NAE_EAOK_eestikeelsed_sunnimeetrikad, lk 145
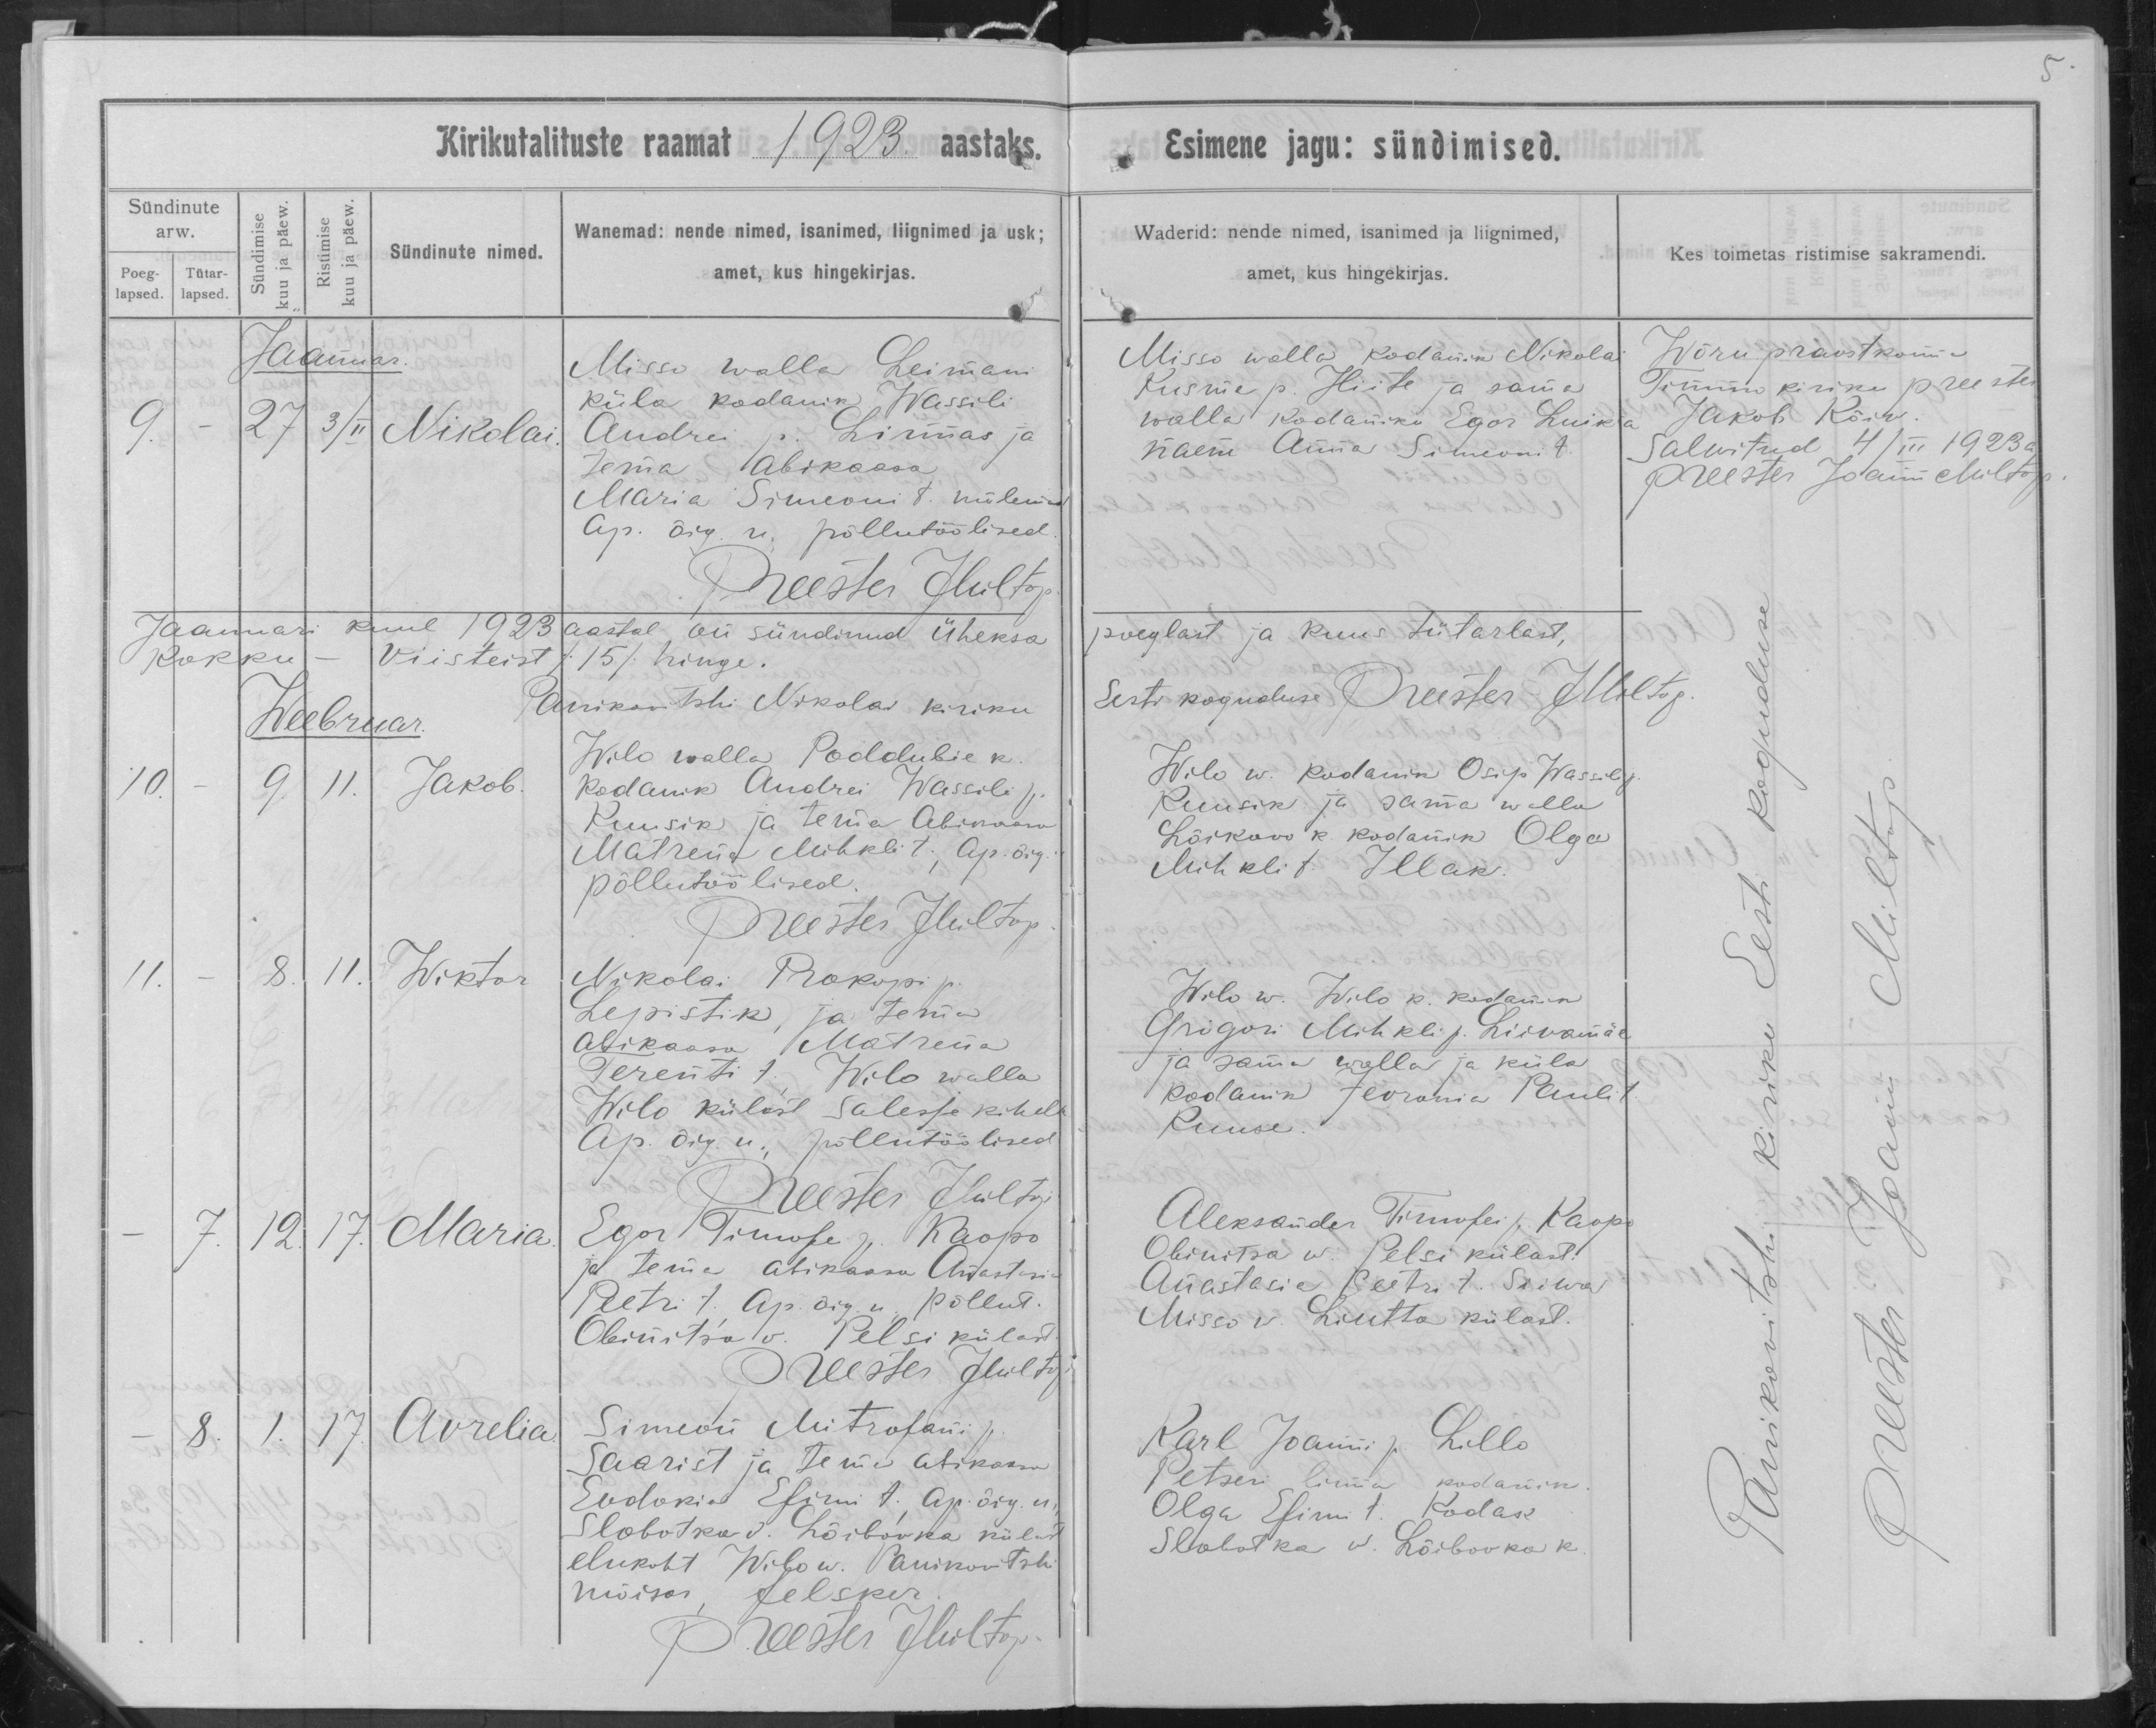
Nikolai

Jakob

Wiktor

Maria

Aurelia

Missa walla Reimani
küla kodanik Wassili
Andrei p. Linnas ja
tema abikaasa
Maria Simeoni t. mõlemad
Ap. õig. u. põllutöölised.

Wilo walla Poddubie k.
kodanik Andrei Wassili p.
Kuusik ja tema Abikaasa
Matrena Mihkli t., Ap. õig. u
põllutöölised.

Nikolai Prokopi p.
Lepistik, ja tema
abikaasa Matrena
Terenti t. Wilo walla
Wilo külast Salesje kihelk.
Ap. õig. u. põllutöölised.

Egor Timofei p. Kaopo
ja tema abikaasa Anastasia
Peetri t., Ap. õig. u. põllut.
Obinitsa v. Pelsi külast.

Simen Mitrofani p.
Saarist ja tema abikaasa
Evdokia Efimi t., Ap. õig. u.
Slobotska v. Hõibovka külast
elukoht Wilo w. Panikovtski
mõisas, felsker.